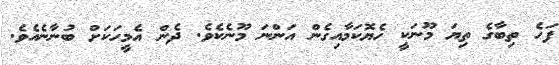
ފަހެ ތިބާގެ ތިޔަ މޫނަކީ ހެޔޮކަމާއިގެން އަންނަ މޫނެކެވެ. ދެން އެމީހަކަށް ބުނާނެއެވެ.